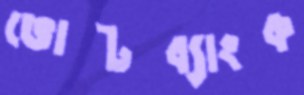
ভোটব্যাংক